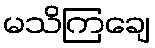
မသိကြချေ